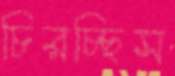
চিরচ্ছিস